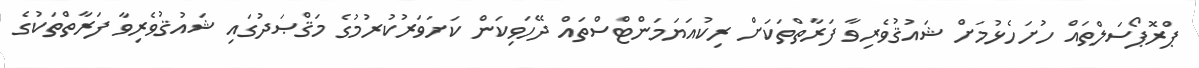
ޕްރޮޕޯސަލްތައް ހުށަހެޅުމަށް ޝައުޤުވެރިވާ ފަރާތްތަކަށް ރިކުއަޔަމަންޓްސްތައް ދޭހަވިކަން ކަށަވަރުކުރުމުގެ މަޤްޞަދުގައި ޝައުޤުވެރިވާ ފަރާތްތަކުގެ